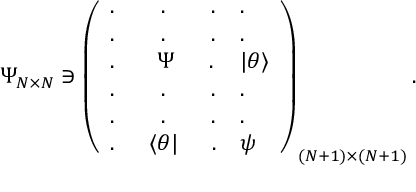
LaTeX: \Psi _ { N \times N } \ni \left( \begin{array} { l l } { { . \qquad . \qquad . } } & { { . } } \\ { { . \qquad . \qquad . } } & { { . } } \\ { { . \quad \, \, \, \, \, \Psi \quad \, \, \, . } } & { { | \theta \rangle } } \\ { { . \qquad . \qquad . } } & { { . } } \\ { { . \qquad . \qquad . } } & { { . } } \\ { { . \quad \, \, \, \langle \theta | \, \, \, \quad . } } & { { \psi } } \end{array} \right) _ { ( N + 1 ) \times ( N + 1 ) } .